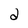
Character: 2